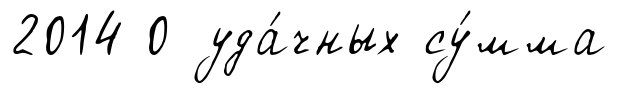
2014 0 уда́чных су́мма